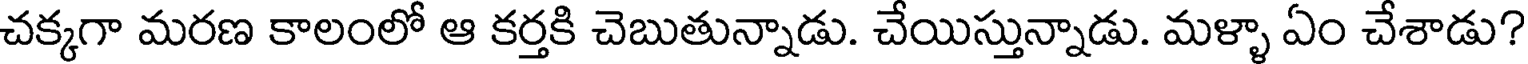
చక్కగా మరణ కాలంలో ఆ కర్తకి చెబుతున్నాడు. చేయిస్తున్నాడు. మళ్ళా ఏం చేశాడు?